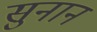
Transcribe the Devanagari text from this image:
सुनान